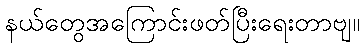
နယ်တွေအကြောင်းဖတ်ပြီးရေးတာဗျ။